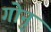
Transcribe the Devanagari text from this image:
गोनु